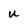
Character: u